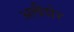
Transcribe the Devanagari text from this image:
अलीशेर